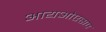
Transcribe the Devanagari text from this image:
आयओएसए